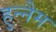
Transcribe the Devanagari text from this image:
हुन्नैम